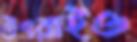
উৎরাইও